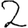
Digit: 2